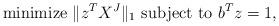
LaTeX: \begin{align*}\textrm{minimize } \|z^T X^J\|_1 \textrm{ subject to } b^T z = 1,\end{align*}